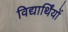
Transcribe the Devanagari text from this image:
विद्यार्थिंयों